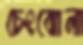
চেংঝোলা